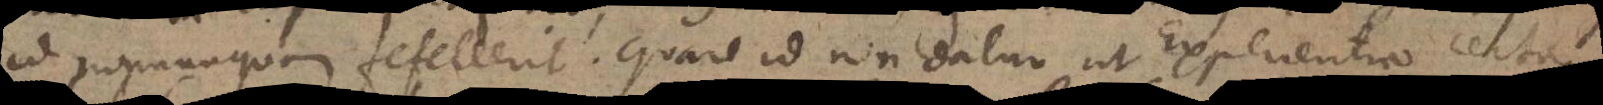
id nonnunquam fefellerit. Quare id non datur ut Experientia certa.